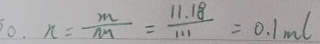
0 . n = \frac { m } { m } = \frac { 1 1 . 1 8 } { 1 1 1 } = 0 . 1 m l